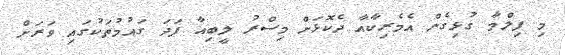
މި ފިލްމާ ގުޅިގެން އެމެރިކާއާ ދެކޮޅަށް މިސްރު ލީބިއާ ފަދަ ގައުމުތަކުގައި ވަރަށް